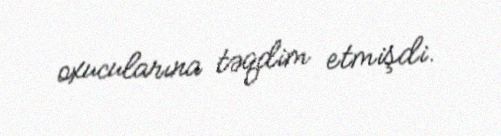
oxucularına təqdim etmişdi.